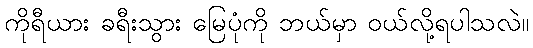
ကိုရီယား ခရီးသွား မြေပုံကို ဘယ်မှာ ဝယ်လို့ရပါသလဲ။